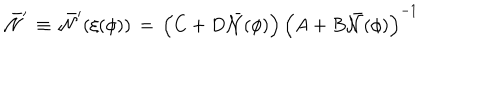
LaTeX: { \bar { \cal N } } ^ { \prime } \, \equiv \, { \bar { \cal N } } ^ { \prime } ( \xi ( \phi ) ) \, = \, \left( C + D { \bar { \cal N } } ( \phi ) \right) \left( A + B { \bar { \cal N } } ( \phi ) \right) ^ { - 1 }